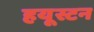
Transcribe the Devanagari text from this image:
हयूस्टन